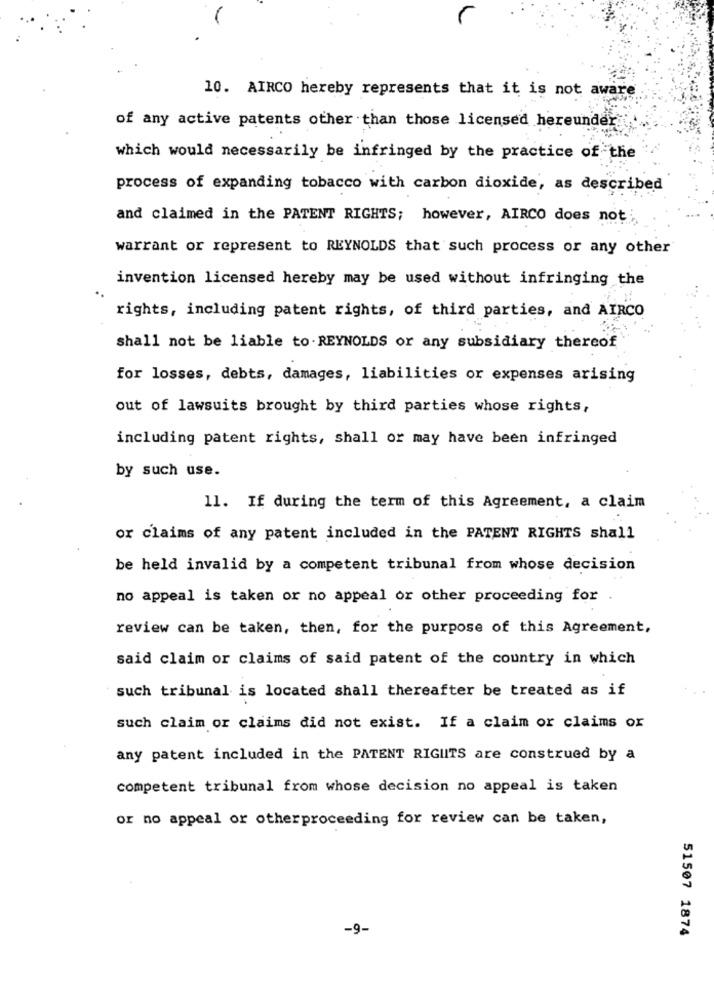
10. AIRCO hereby represents that it is not aware
of any active patents other than those licensed hereunder
which would necessarily be infringed by the practice of the
process of expanding tobacco with carbon dioxide, as described
and claimed in the PATENT RIGHTS; however, AIRCO does not
warrant or represent to REYNOLDS that such process or any other
invention licensed hereby may be used without infringing the
rights, including patent rights, of third parties, and AIRCO
shall not be liable to.REYNOLDS or any subsidiary thereof
for losses, debts, damages, liabilities or expenses arising
out of lawsuits brought by third parties whose rights,
including patent rights, shall or may have been infringed
by such use.
11. If during the term of this Agreement, a claim
or claims of any patent included in the PATENT RIGHTS shall
be held invalid by a competent tribunal from whose decision
no appeal is taken or no appeal or other proceeding for .
review can be taken, then, for the purpose of this Agreement,
said claim or claims of said patent of the country in which
such tribunal is located shall thereafter be treated as if
such claim or claims did not exist. If a claim or claims or
any patent included in the PATENT RIGHTS are construed by a
competent tribunal from whose decision no appeal is taken
or no appeal or otherproceeding for review can be taken,
-9.
51507 1874